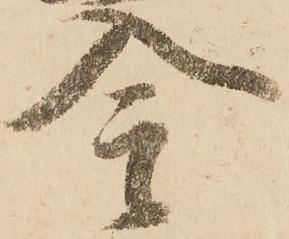
今